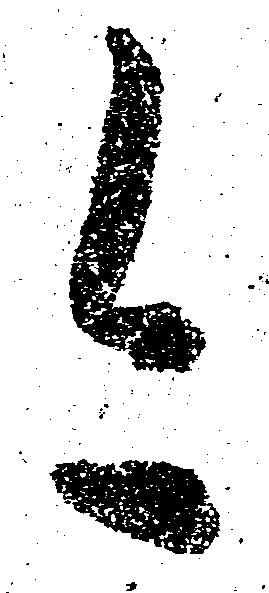
今